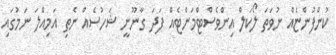
ކުންފުންޏެއް ނުވަތަ ލޯކަލް އިންވެސްޓްމަންޓެއް ފަދަ ގާނޫނީ ޝަހުސެއް ނެތި އަމިއްލަ ނަމުގައި